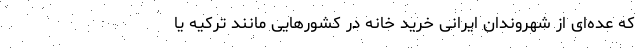
که عده‌ای از شهروندان ایرانی خرید خانه در کشورهایی مانند ترکیه یا